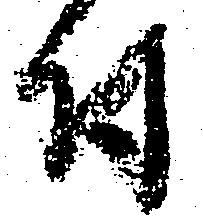
付